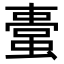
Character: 𧏋